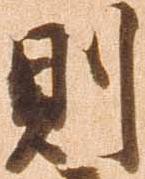
則